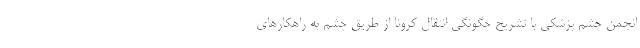
انجمن چشم پزشکی با تشریح چگونگی انتقال کرونا از طریق چشم به راهکارهای